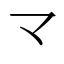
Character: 龴